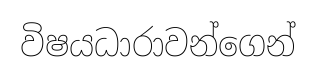
විෂයධාරාවන්ගෙන්